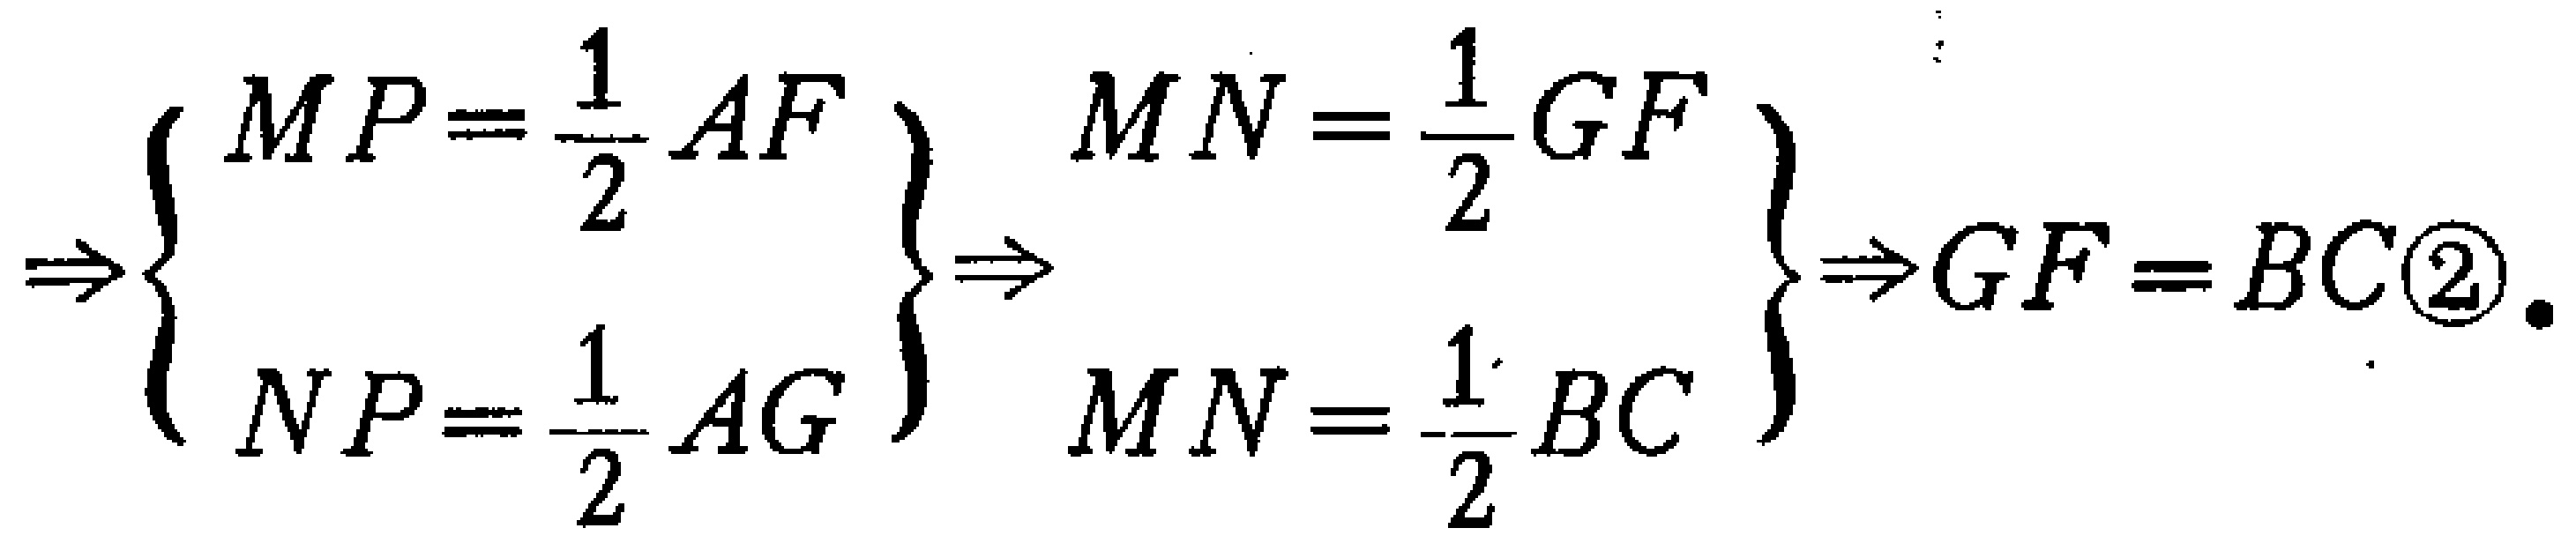
\(\Rightarrow\left\{\begin{array}{l}
MP = \frac{1}{2}AF\\
NP=\frac{1}{2}AG
\end{array}\right\} \Rightarrow\left\{\begin{array}{l}
MN=\frac{1}{2}GF\\
MN=\frac{1}{2}BC
\end{array}\right\} \Rightarrow GF = BC\textcircled{2}.\)